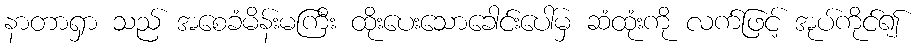
နာတာရှာ သည် အစေခံမိန်းမကြီး ထိုးပေးသောခေါင်းပေါ်မှ ဆံထုံးကို လက်ဖြင့် အုပ်ကိုင်၍